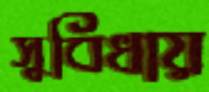
সুবিধায়